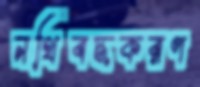
নথিবদ্ধকরণ